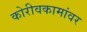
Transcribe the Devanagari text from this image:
कोरीवकामांवर